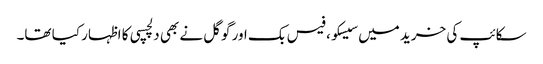
سکائپ کی خرید میں سیسکو، فیس بک اور گوگل نے بھی دلچسپی کا اظہار کیا تھا۔